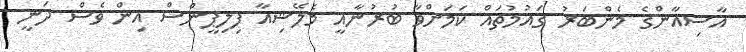
އާސިއާންގެ މެންބަރު ގައުމުތައް ކަމަށްވާ ބުރުނާއީ މެލޭޝިއާ ފިލިޕީންސް އިން ވެސް ދަނީ